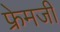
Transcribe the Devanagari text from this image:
फ्रेमजी